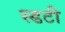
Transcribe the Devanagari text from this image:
स्डटी